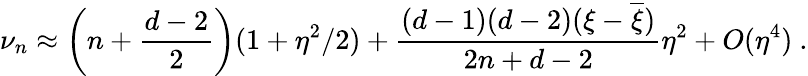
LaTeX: \nu_{n}\approx\left(n+\frac{d-2}2\right)(1+\eta^{2}/2)+\frac{(d-1)(d-2)(\xi-\overline{{{\xi}}})}{2n+d-2}\eta^{2}+O(\eta^{4})\ .